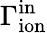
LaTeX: \Gamma_{\mathrm{ion}}^{\mathrm{in}}